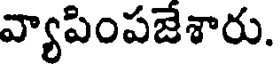
వ్యాపింపజేశారు.